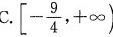
C.$$\left[ - \frac{ 9 } { 4 } ,+ \infty )$$